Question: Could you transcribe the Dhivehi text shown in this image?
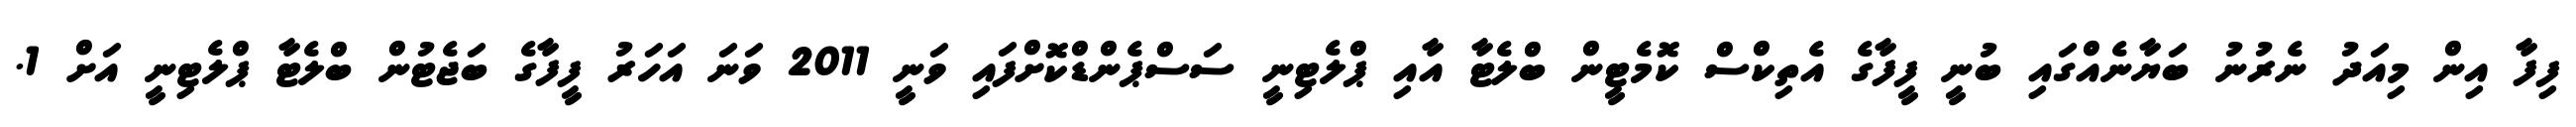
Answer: ފިފާ އިން މިއަދު ނެރުނު ބަޔާނެއްގައި ބުނީ ފީފާގެ އެތިކްސް ކޮމެޓީން ބްލެޓާ އާއި ޕްލެޓިނީ ސަސްޕެންޑްކޮށްފައި ވަނީ 2011 ވަނަ އަހަރު ފީފާގެ ބަޖެޓުން ބްލެޓާ ޕްލެޓިނީ އަށް 1.